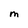
Character: M